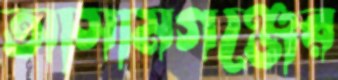
আসামগঞ্জের